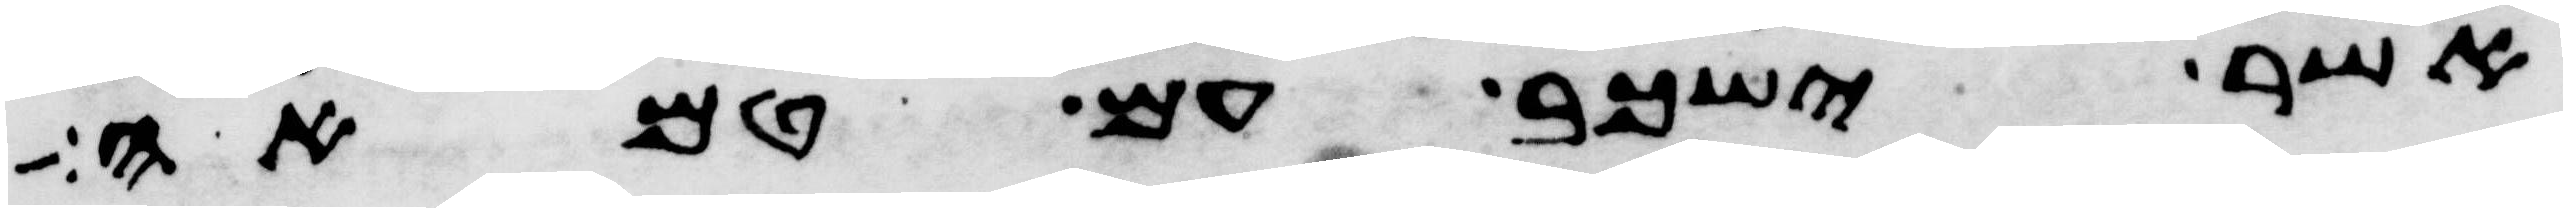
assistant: אשר ישכב עם טמאה